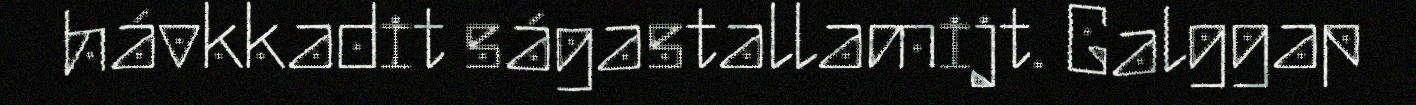
hávkkadit ságastallamijt. Galggap